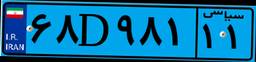
۶۸D۹۸۱۱۱